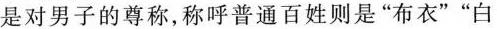
是对男子的尊称，称呼普通百姓则是”布衣””白